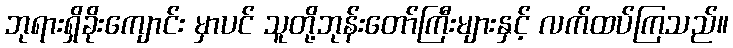
ဘုရားရှိခိုးကျောင်း မှာပင် သူတို့ဘုန်းတော်ကြီးများနှင့် လက်ထပ်ကြသည်။